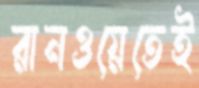
রানওয়েতেই